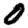
Digit: 0